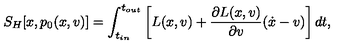
S _ { H } [ x , p _ { 0 } ( x , v ) ] = \int _ { t _ { i n } } ^ { t _ { o u t } } \left[ L ( x , v ) + \frac { \partial L ( x , v ) } { \partial v } ( \dot { x } - v ) \right] d t ,